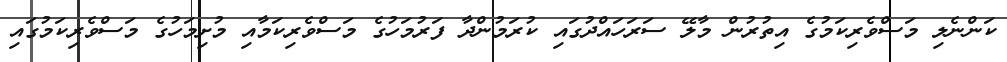
ކަންނެލި މަސްވެރިކަމުގެ އިތުރުން މާލޭ ސަރަހައްދުގައި ކުރަމުންދާ ފަރުމަހުގެ މަސްވެރިކަމާއި މުށިމަހުގެ މަސްވެރިކަމުގައި